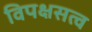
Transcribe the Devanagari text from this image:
विपक्षसत्व